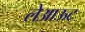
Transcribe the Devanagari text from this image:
लेअाऊट